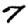
Digit: 7